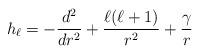
LaTeX: \begin{align*}h_\ell = -\frac{d^2}{dr^2} + \frac{\ell (\ell+1)}{r^2} +\frac{\gamma}{r}\end{align*}